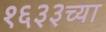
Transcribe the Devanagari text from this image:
१६३३च्या